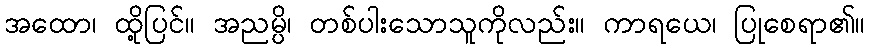
အထော၊ ထို့ပြင်။ အညမ္ပိ၊ တစ်ပါးသောသူကိုလည်း။ ကာရယေ၊ ပြုစေရာ၏။